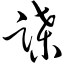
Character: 蹀